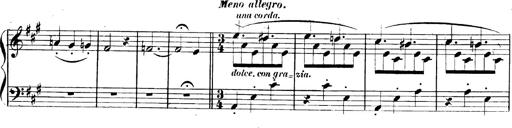
Title: 3 Caprices-Valses
Composer: Franz Liszt